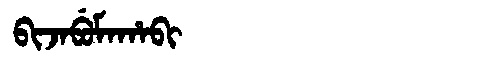
Manchu: ᠪᡳᠵᠠᠪᡠᠮᠠᡥᠠᠪᡳ
Romanization: BIJABUMAHABI